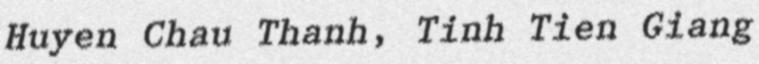
Huyen Chau Thanh, Tinh Tien Giang